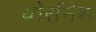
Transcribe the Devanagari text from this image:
थोर्सनेस